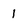
Character: 1